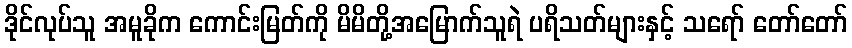
ဒိုင်လုပ်သူ အမူခိုက ကောင်းမြတ်ကို မိမိတို့အမြောက်သူရဲ ပရိသတ်များနှင့် သရော် တော်တော်